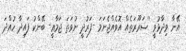
އޭނާ ވިދާޅުވީ ''ޟަރޫރަތެއް އޮވެއްޖެނަމަ -ފަރުދީ ނުވަތަ ޖަމާޢީ- ބޭންކު ފައިދާ ހުއްދަ